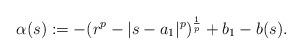
LaTeX: \begin{align*}\alpha(s):=-(r^{p}-|s-a_{1}|^{p})^{\frac{1}{p}}+b_{1}-b(s).\end{align*}